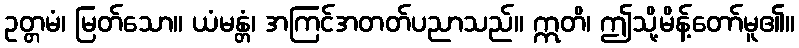
ဥတ္တမံ၊ မြတ်သော။ ယံမန္တံ၊ အကြင်အတတ်ပညာသည်။ ဣတိ၊ ဤသို့မိန့်တော်မူ၏။